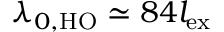
\lambda _ { 0 , \mathrm { H O } } \simeq 8 4 l _ { \mathrm { e x } }